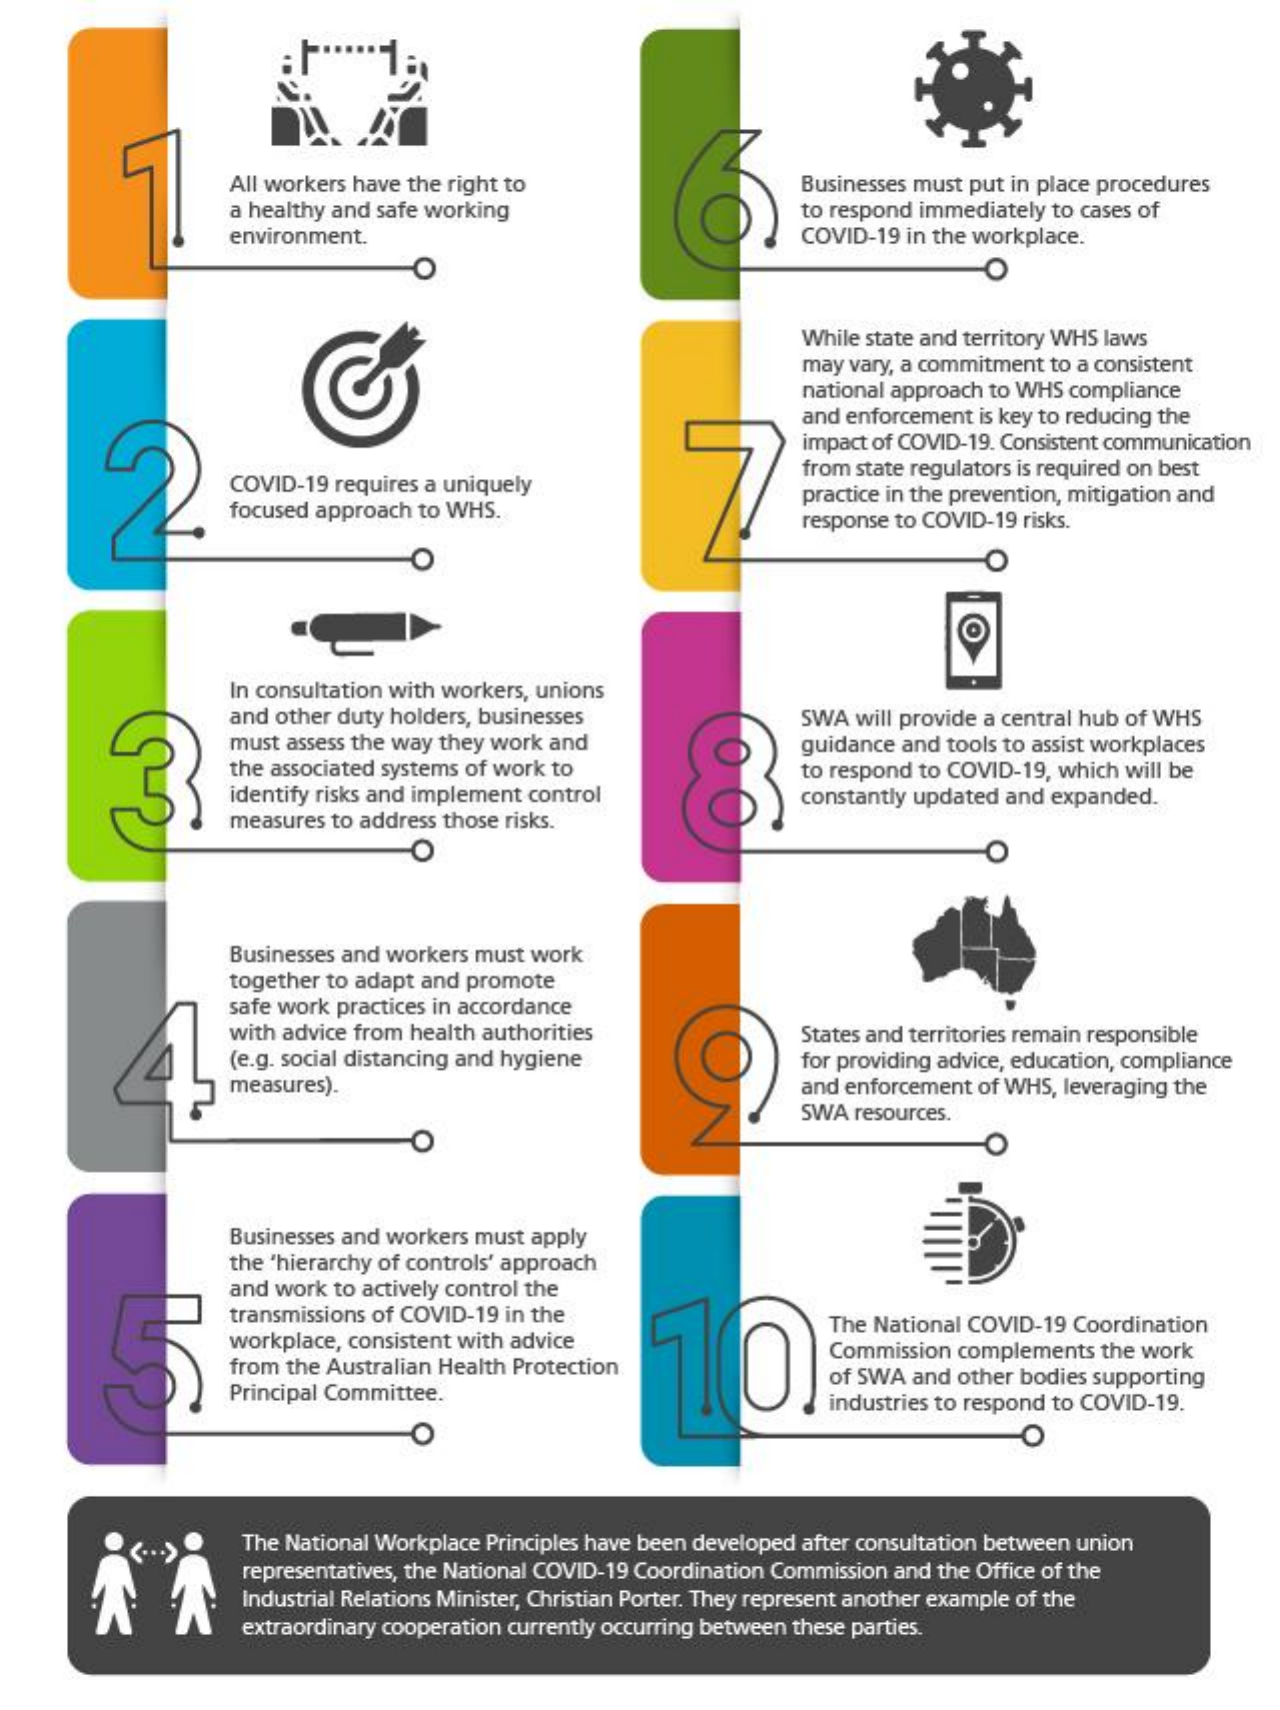
All workers have the right to    Businesses must put in place procedures
     a healthy and safe working    to respond immediately to cases of
     environment.    COVID-19 in the workplace.
     O
     While state and territory WHS laws
     may vary, a commitment to a consistent
     national approach to WHS compliance
     and enforcement is key to reducing the
     impact of COVID-19. Consistent communication
     COVID-19 requires a uniquely
     from state regulators is required on best
     focused approach to WHS.
     practice in the prevention, mitigation and
     response to COVID-19 risks.
     In consultation with workers, unions
     and other duty holders, businesses    SWA  will provide a central hub of WHS
     must assess the way they work and
     the associated systems of work to
     guidance and tools to assist workplaces
     identify risks and implement control
     to respond to COVID-19, which will be
     measures to address those risks.
     constantly updated and expanded.
     Businesses and workers must work
     together to adapt and promote
     safe work practices in accordance
     with advice from health authorities
     (e.g. social distancing and hygiene
     States and territories remain responsible
     measures).
     for providing advice, education, compliance
     and enforcement of WHS, leveraging the
     SWA  resources.
     Businesses and workers must apply
     the 'hierarchy of controls' approach
     and work to actively control the
     transmissions of COVID-19 in the
     10
     workplace, consistent with advice
     The National COVID-19 Coordination
     from the Australian Health Protection
     Commission  complements  the work
     Principal Committee.
     of SWA and other bodies supporting
     industries to respond to COVID-19.
     O    O
     The National Workplace Principles have been developed after consultation between union
     representatives, the National COVID-19 Coordination Commission and the Office of the
     Industrial Relations Minister, Christian Porter. They represent another example of the
     extraordinary cooperation currently occurring between these parties.